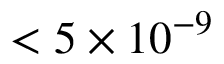
< 5 \times 1 0 ^ { - 9 }